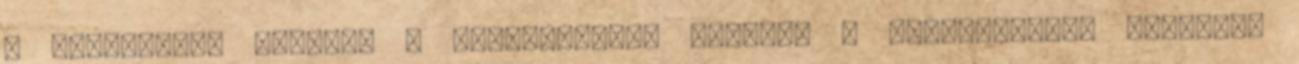
– utasoldali légzsák – ülésmagasság állítás – vezetőoldali légzsák.